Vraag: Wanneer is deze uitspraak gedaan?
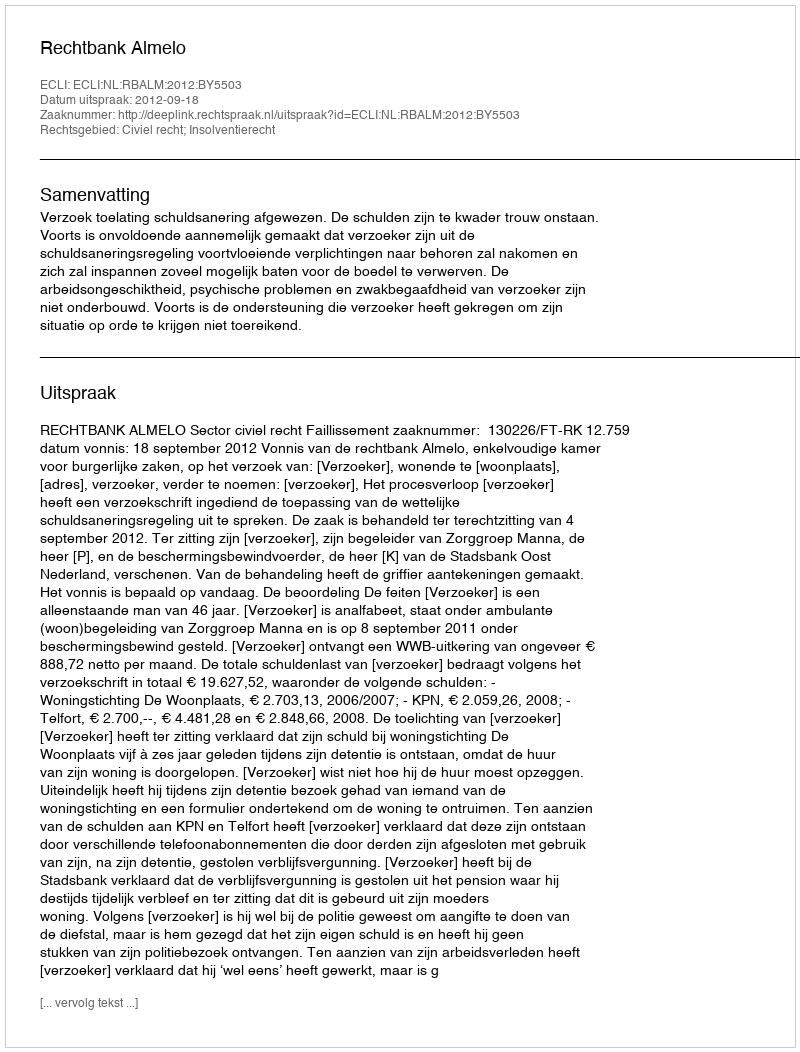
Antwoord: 2012-09-18